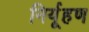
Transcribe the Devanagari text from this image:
निर्यूहण